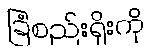
ခြံစည်းရိုးကို